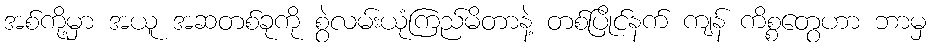
အစ်ကို့မှာ အယူ အဆတစ်ခုကို စွဲလမ်းယုံကြည်မိတာနဲ့ တစ်ပြိုင်နက် ကျန် ကိစ္စတွေဟာ ဘာမှ